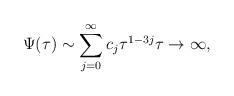
LaTeX: \begin{align*}\Psi(\tau) \sim \sum_{j=0}^{\infty} c_{j} \tau^{1-3j} \tau \to \infty,\end{align*}